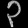
Digit: ၃